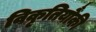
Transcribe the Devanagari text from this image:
विकृतियौंकी